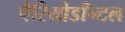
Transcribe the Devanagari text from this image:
पैरियोडाँन्टल